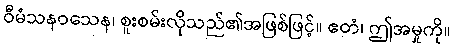
ဝီမံသနဝသေန၊ စူးစမ်းလိုသည်၏အဖြစ်ဖြင့်။ ဧတံ၊ ဤအမှုကို။